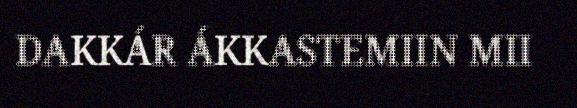
DAKKÁR ÁKKASTEMIIN MII